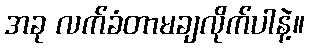
အခု လက်ခံတာမချလိုက်ပါနဲ့။